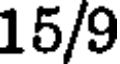
15/9